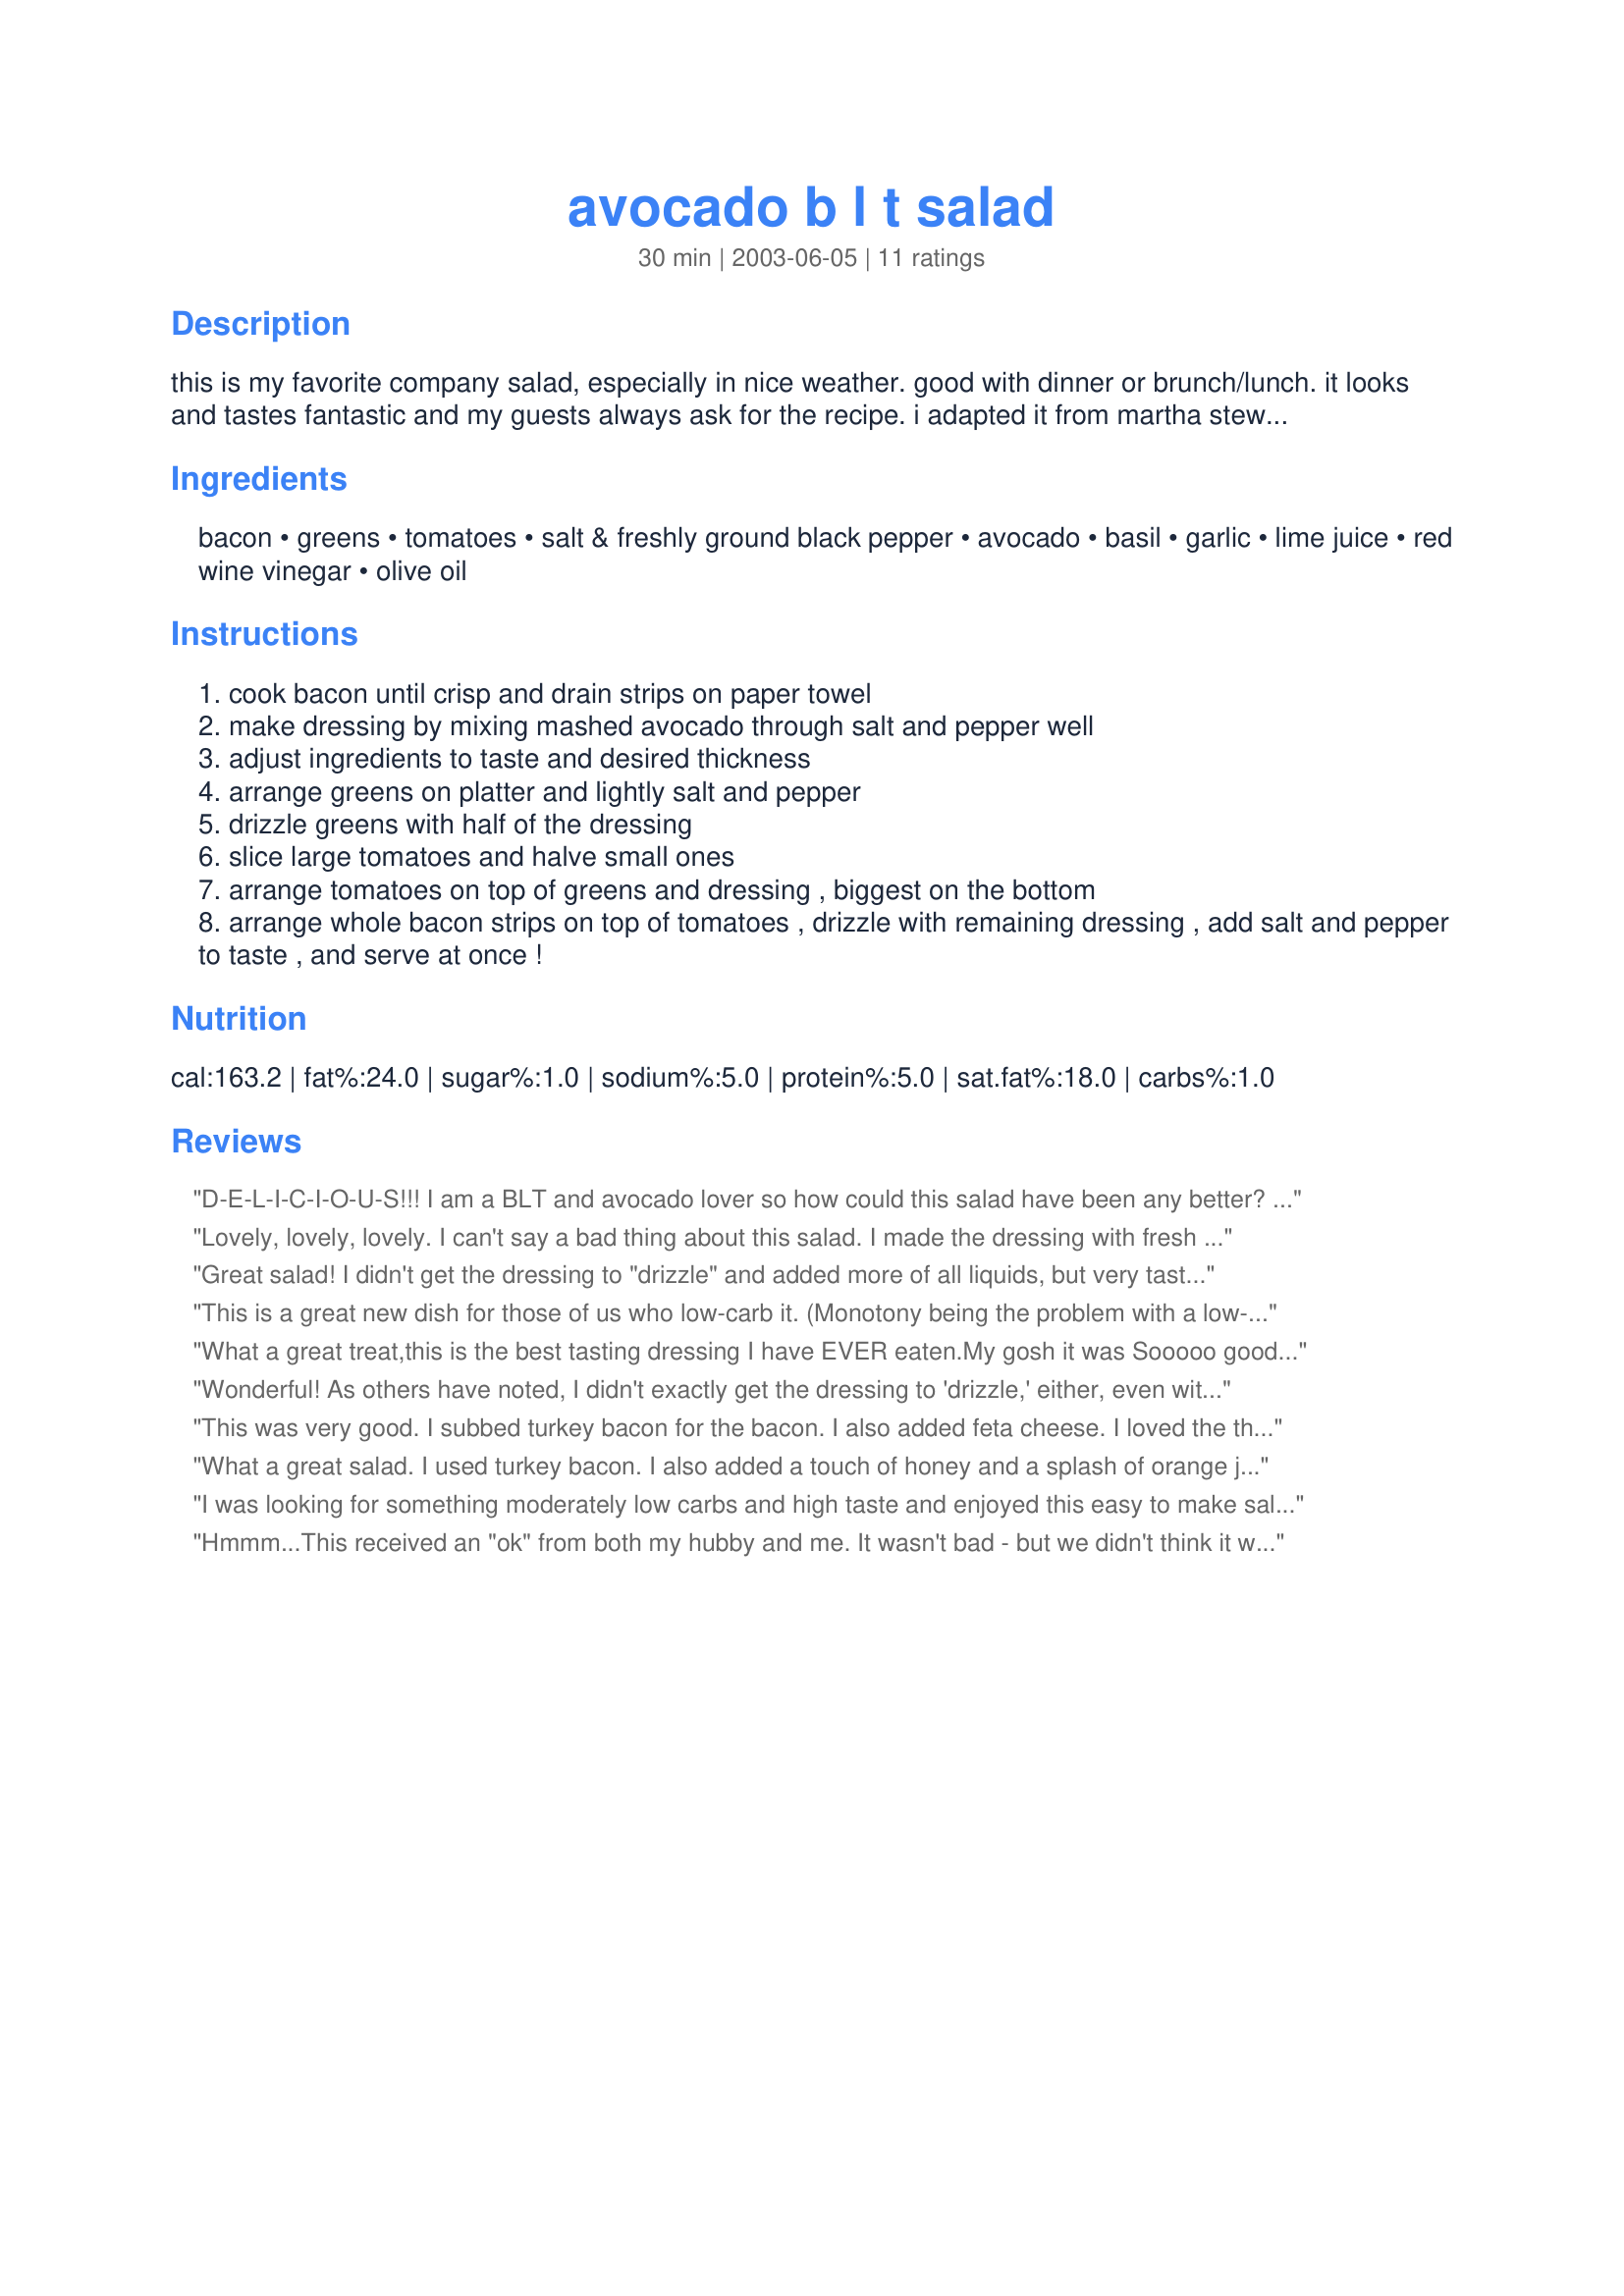
avocado b l t salad
Preparation time: 30 minutes

this is my favorite company salad, especially in nice weather. good with dinner or brunch/lunch. it looks and tastes fantastic and my guests always ask for the recipe. i adapted it from martha stewart but it's amazingly easy. (also, despite the richness of the bacon and avocado, i figured it as only 4 weight watchers points per serving for 6 servings, 6 pts for 4!) i love this salad and i hope you enjoy it, too.

Ingredients:
bacon, greens, tomatoes, salt & freshly ground black pepper, avocado, basil, garlic, lime juice, red wine vinegar, olive oil

Steps:
cook bacon until crisp and drain strips on paper towel
make dressing by mixing mashed avocado through salt and pepper well
adjust ingredients to taste and desired thickness
arrange greens on platter and lightly salt and pepper
drizzle greens with half of the dressing
slice large tomatoes and halve small ones
arrange tomatoes on top of greens and dressing , biggest on the bottom
arrange whole bacon strips on top of tomatoes , drizzle with remaining dressing , add salt and pepper to taste , and serve at once !

Reviews:
D-E-L-I-C-I-O-U-S!!! I am a BLT and avocado lover so how could this salad have been any better? My ONLY complaint was it took a LOT more liquid to get the dressing to a "liquidy enough" consistency than I expected, but oh how yummy it was when I finished!
Lovely, lovely, lovely. I can't say a bad thing about this salad. I made the dressing with fresh basil and used about 4 tsp olive oil and 2 tsp vinegar. It didn't exactly "drizzle" but it was tasty nonetheless and I liked how it turned out thick and almost creamy.
Great salad! I didn't get the dressing to "drizzle" and added more of all liquids, but very tasty nonetheless. This would be great served on individual salad plates as it makes such a pretty presentation.
This is a great new dish for those of us who low-carb it. (Monotony being the problem with a low-carb plan). I made it per recipe directions - I didn't have lime juice on hand and so I used lemon juice instead. Even my DH liked it! I looked up carb values for the tomatoes and avocado - it looks like this salad has about 8-9 grams of carb per serving. I'll be making this again and again. Thanks for posting!
What a great treat,this is the best tasting dressing I have EVER eaten.My gosh it was Sooooo good.I liked it being thick and creamy. That Dressing just makes this a fabulous salad. Thank You, Darlene
Wonderful! As others have noted, I didn't exactly get the dressing to 'drizzle,' either, even with about 3 Tbsp of olive oil. I think next time I might increase it even a bit more (perhaps an olive/canola oil combination), but it tasted superb this way too. I used all baby spinach leaves, which worked well, and went back to add a bit of finely chopped red onion for extra color and flavor. Definitely a special treat, especially in a salad. Thanks so much for sharing! :o)
This was very good. I subbed turkey bacon for the bacon. I also added feta cheese. I loved the the tanginess of the dressing. Will definitely make again.
What a great salad. I used turkey bacon. I also added a touch of honey and a splash of orange juice to the dressing and dare I say it was the best salad dressing EVER.

I was looking for something moderately low carbs and high taste and enjoyed this easy to make salad. Hard to think of ways to achieve that BLT effect I love without the bread.. This is an original one the whole family enjoyed. I also couldn't get the dressing to drizzle..not a big concern, wonder if adding a little olive oil to avacado mixture might help spread it out more evenly instead of globs.
Hmmm...This received an "ok" from both my hubby and me. It wasn't bad - but we didn't think it was great either. Kind of "ok"...
This is a wonderful salad!!! I made it exactly as you stated and I wouldn't change a thing. I am going to make it again this weekend when I have guests over. Thank you Quantumgirl for sharing this amazing salad.
